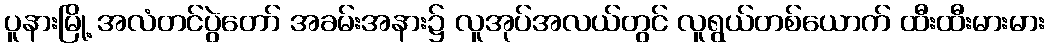
ပူနားမြို့ အလံတင်ပွဲတော် အခမ်းအနား၌ လူအုပ်အလယ်တွင် လူရွယ်တစ်ယောက် ထီးထီးမားမား